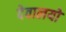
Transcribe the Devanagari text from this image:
देवालयो